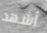
أشهد